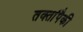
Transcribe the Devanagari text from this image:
तक्तांपैकी